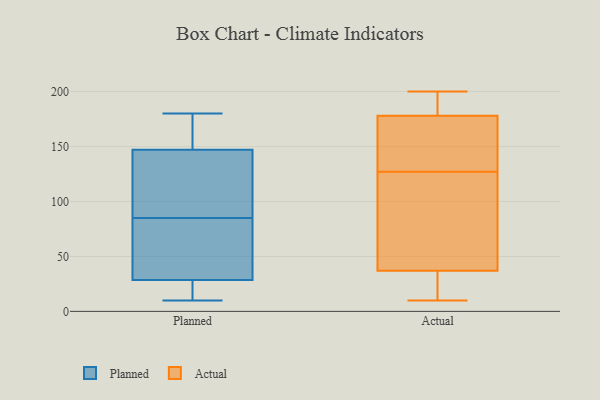
{"axis": {"x": "Churn Rate (%)", "y": "Value"}, "legend": ["Actual", "Planned"], "data": [{"x": "", "y": 78, "type": "Planned"}, {"x": "", "y": 45, "type": "Planned"}, {"x": "", "y": 78, "type": "Planned"}, {"x": "", "y": 16, "type": "Planned"}, {"x": "", "y": 26, "type": "Planned"}, {"x": "", "y": 10, "type": "Planned"}, {"x": "", "y": 155, "type": "Planned"}, {"x": "", "y": 114, "type": "Planned"}, {"x": "", "y": 85, "type": "Planned"}, {"x": "", "y": 180, "type": "Planned"}, {"x": "", "y": 141, "type": "Planned"}, {"x": "", "y": 31, "type": "Planned"}, {"x": "", "y": 164, "type": "Planned"}, {"x": "", "y": 85, "type": "Planned"}, {"x": "", "y": 124, "type": "Planned"}, {"x": "", "y": 153, "type": "Planned"}, {"x": "", "y": 11, "type": "Planned"}, {"x": "", "y": 121, "type": "Planned"}, {"x": "", "y": 18, "type": "Planned"}, {"x": "", "y": 163, "type": "Planned"}, {"x": "", "y": 10, "type": "Actual"}, {"x": "", "y": 30, "type": "Actual"}, {"x": "", "y": 199, "type": "Actual"}, {"x": "", "y": 200, "type": "Actual"}, {"x": "", "y": 189, "type": "Actual"}, {"x": "", "y": 188, "type": "Actual"}, {"x": "", "y": 128, "type": "Actual"}, {"x": "", "y": 79, "type": "Actual"}, {"x": "", "y": 10, "type": "Actual"}, {"x": "", "y": 126, "type": "Actual"}, {"x": "", "y": 178, "type": "Actual"}, {"x": "", "y": 20, "type": "Actual"}, {"x": "", "y": 155, "type": "Actual"}, {"x": "", "y": 160, "type": "Actual"}, {"x": "", "y": 53, "type": "Actual"}, {"x": "", "y": 138, "type": "Actual"}, {"x": "", "y": 37, "type": "Actual"}, {"x": "", "y": 60, "type": "Actual"}]}